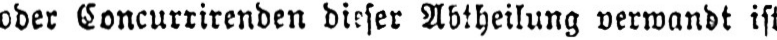
oder Concurrirenden dieser Abtheilung verwandt ist